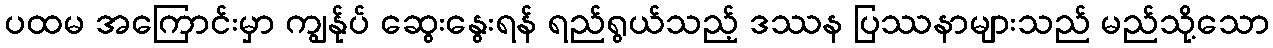
ပထမ အကြောင်းမှာ ကျွန်ုပ် ဆွေးနွေးရန် ရည်ရွယ်သည့် ဒဿန ပြဿနာများသည် မည်သို့သော